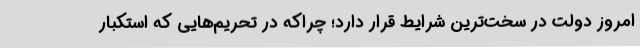
امروز دولت در سخت‌ترین شرایط قرار دارد؛ چراکه در تحریم‌هایی که استکبار